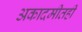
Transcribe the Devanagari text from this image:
अकादमीतही